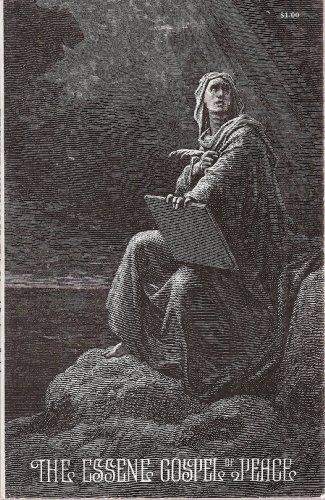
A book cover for The Essene Gospel of Peace, Book One; Christian Books & Bibles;